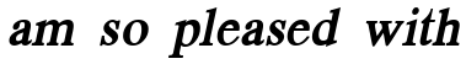
am so pleased with